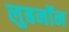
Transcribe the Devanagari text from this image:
लुबनॉन